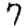
Digit: 7